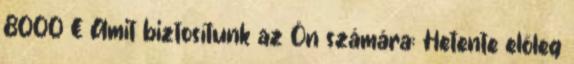
8000 € Amit biztosítunk az Ön számára: Hetente előleg